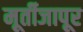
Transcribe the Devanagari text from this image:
मूर्तीजापूर